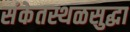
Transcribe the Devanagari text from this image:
संकेतस्थळसुद्धा